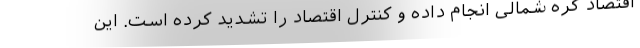
اقتصاد کره شمالی انجام داده و کنترل اقتصاد را تشدید کرده است. این